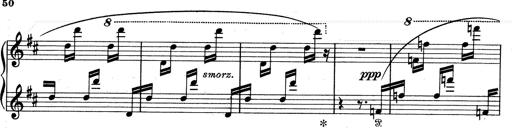
Title: Aus Lohengrin
Composer: Franz Liszt